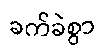
ခက်ခဲစွာ